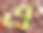
এ